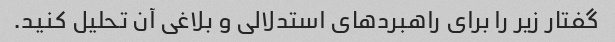
گفتار زیر را برای راهبردهای استدلالی و بلاغی آن تحلیل کنید.